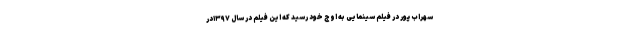
سهراب پور در فیلم سینمایی به اوج خود رسید که این فیلم در سال ۱۳۹۷در